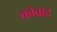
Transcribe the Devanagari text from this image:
कोवाद